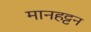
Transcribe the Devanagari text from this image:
मानहट्टन